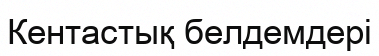
Кентастық белдемдері